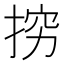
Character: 𭡅